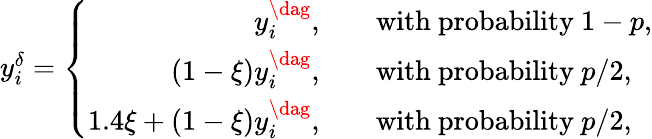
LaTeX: \begin{array}{r}{y_{i}^{\delta}=\left\{ \begin{array}{rl}{y_{i}^{\dag},}&{\quad\mathrm{with~probability~}1-p,}\\ {(1-\xi)y_{i}^{\dag},}&{\quad\mathrm{with~probability~}p/2,}\\ {1.4\xi+(1-\xi)y_{i}^{\dag},}&{\quad\mathrm{with~probability~}p/2,}\end{array}\right.}\end{array}